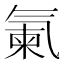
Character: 𣱨